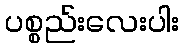
ပစ္စည်းလေးပါး